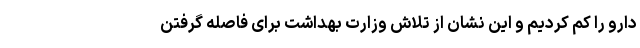
دارو را کم کردیم و این نشان از تلاش وزارت بهداشت برای فاصله گرفتن